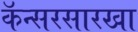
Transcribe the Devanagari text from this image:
कॅन्सरसारखा